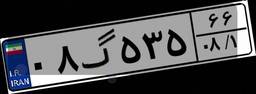
۰۶گ۰۶۲۹۴